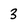
Character: 3